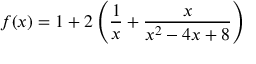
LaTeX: f ( x ) = 1 + 2 \left( { \frac { 1 } { x } } + { \frac { x } { x ^ { 2 } - 4 x + 8 } } \right)